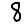
Digit: 8